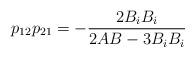
LaTeX: \begin{align*}p_{1 2}p_{2 1}= -\frac{2 B_i B_i}{2A B -3 B_i B_i}\end{align*}